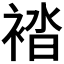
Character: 𧛆